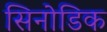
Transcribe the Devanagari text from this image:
सिनोडिक